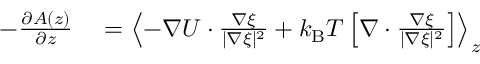
\begin{array} { r l } { - \frac { \partial A ( z ) } { \partial z } } & { { } = \left< - \nabla U \cdot \frac { \nabla \xi } { | \nabla \xi | ^ { 2 } } + { k _ { \mathrm { B } } T } \left[ \nabla \cdot \frac { \nabla \xi } { | \nabla \xi | ^ { 2 } } \right] \right> _ { z } } \end{array}